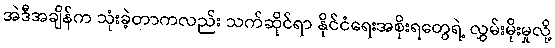
အဲဒီအချိန်က သုံးခဲ့တာကလည်း သက်ဆိုင်ရာ နိုင်ငံရေးအစိုးရတွေရဲ့ လွှမ်းမိုးမှုလို့